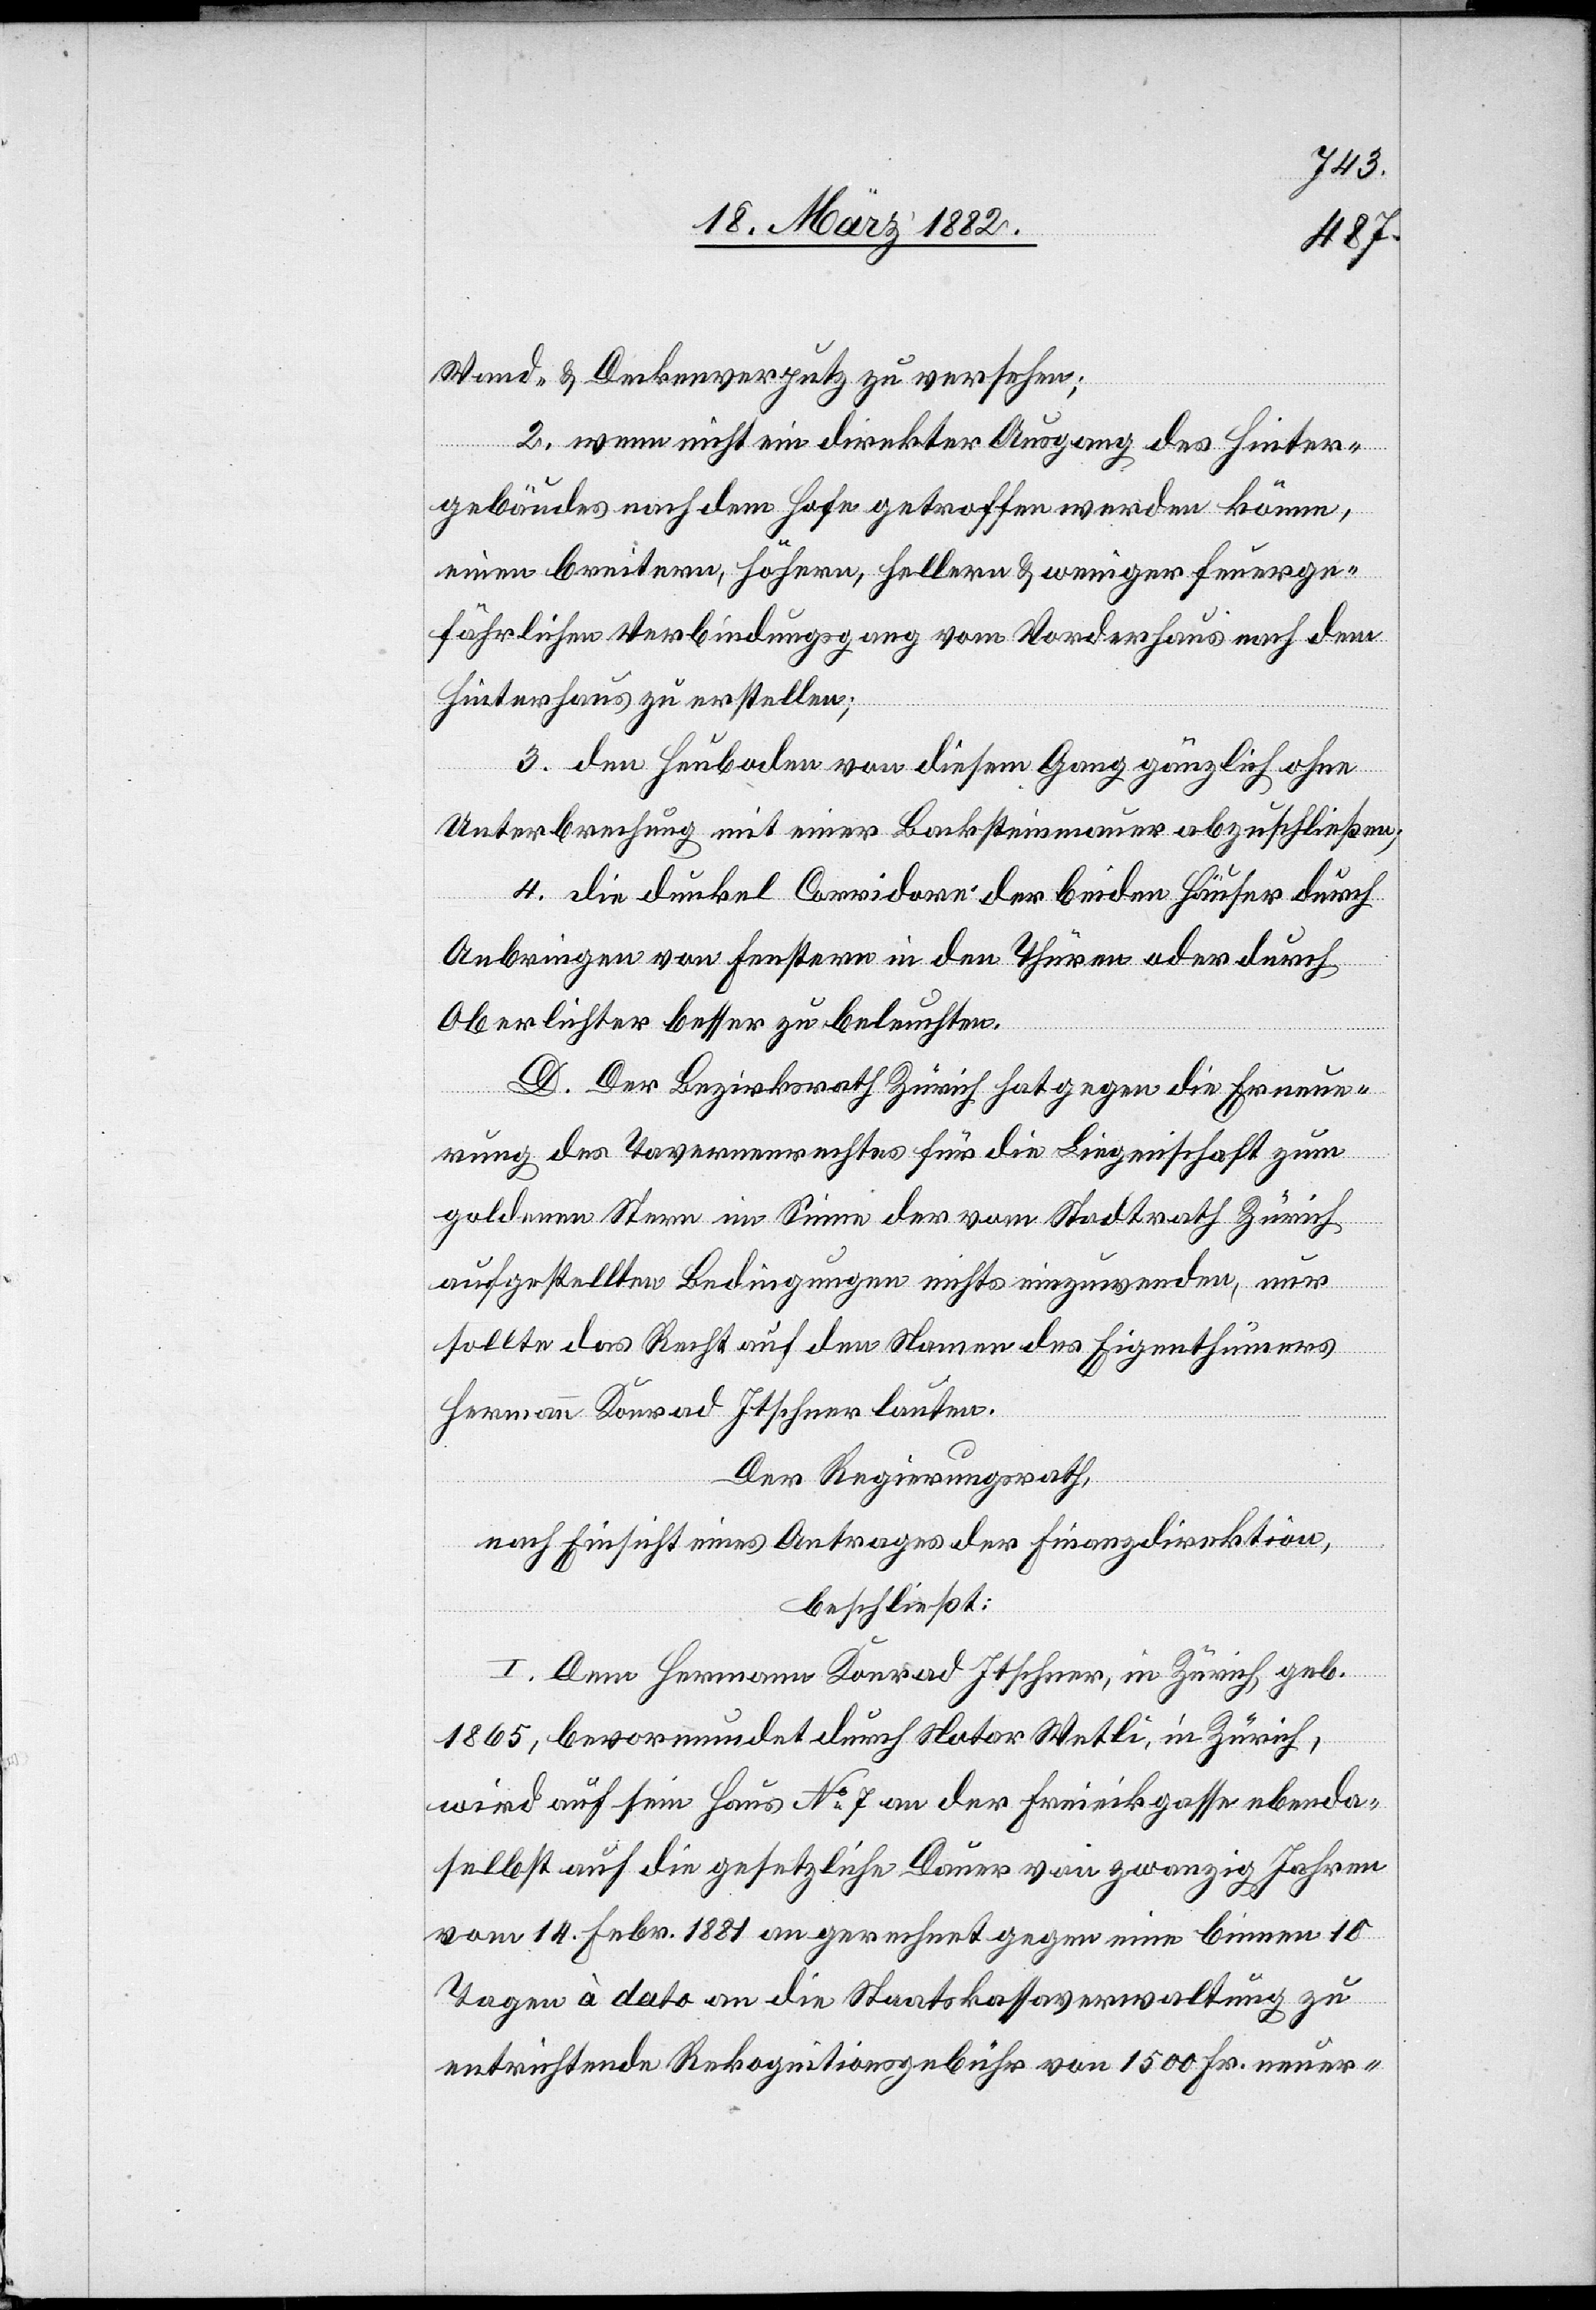
Stand- & Deckenverputz zu versehen;
2. wenn nicht ein direkter Ausgang des Hinter¬
gebäudes nach dem Hofe getroffen werden könne,
einen breitern, höhern, hellern & weniger feuerge¬
fährlichen Verbindungsgang vom Vorderhaus nach dem
Hinterhaus zu erstellen;
3. den Heuboden von diesem Gang gänzlich ohne
Unterbrechung mit einer Backsteinmauer abzuschließen;
Anbringung von Fenstern in den Thüren oder durch
Oberlichter besser zu beleuchten.
D. Der Bezirksrath Zürich hat gegen die Erneue¬
rung des Tavernenrechtes für die Liegenschaft zum
die
goldenen Stern im Sinne der vom Stadtrath Zürich
aufgestellten Bedingungen nichts einzuwenden, nur
Häuser
sollte das Recht auf den Namen des Eigenthümers
Hermann Konrad Itscher lauten.
Der Regierungsrath,
nach Einsicht eines Antrages der Finanzdirektion,
beschließt:
I. Dem Hermann Konrad Itscher, in Zürich, geb.
1865, bevormundet durch Notar Wetli, in Zürich,
wird auf sein Haus No 7 an der Freieckgasse ebenda¬
selbst auf die gesetzliche Dauer von zwanzig Jahren
vom 14. Febr. 1881 an gerechnet gegen eine binnen 10
Tagen à dato an die Staatskassaverwaltung zu
entrichtende Rekognitionsgebühr von 1500 Fr. neuer-